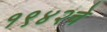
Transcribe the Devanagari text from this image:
१९४२चे